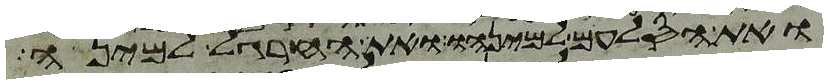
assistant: ואת הסלעם למינהו ואת החרגל למינה